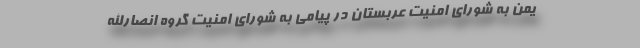
یمن به شورای امنیت عربستان در پیامی به شورای امنیت گروه انصارالله